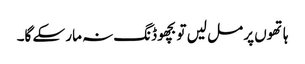
ہاتھوں پر مل لیں تو بچھو ڈنگ نہ مار سکے گا۔